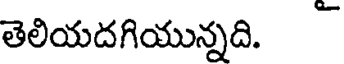
తెలియదగియున్నది.